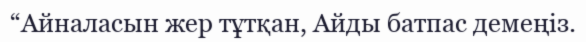
“Айналасын жер тұтқан, Айды батпас демеңіз.